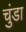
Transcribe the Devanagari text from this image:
चुंडा